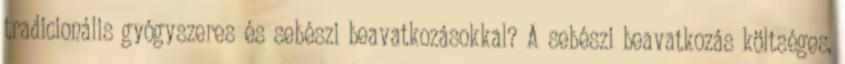
tradicionális gyógyszeres és sebészi beavatkozásokkal? A sebészi beavatkozás költséges,